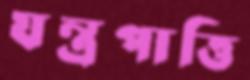
যন্ত্রপাত্তি